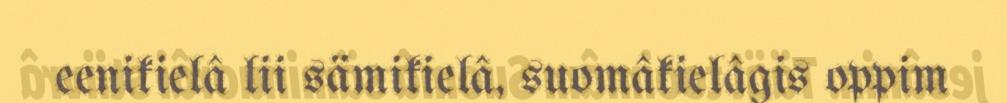
eenikielâ lii sämikielâ, suomâkielâgis oppim